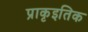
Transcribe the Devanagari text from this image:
प्राकृइतिक